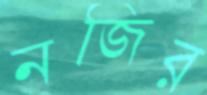
নজির